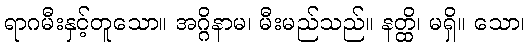
ရာဂမီးနှင့်တူသော။ အဂ္ဂိနာမ၊ မီးမည်သည်။ နတ္ထိ၊ မရှိ။ သော၊